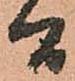
間